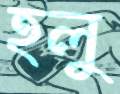
হলু